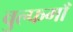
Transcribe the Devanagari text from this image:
वुल्फगाँ